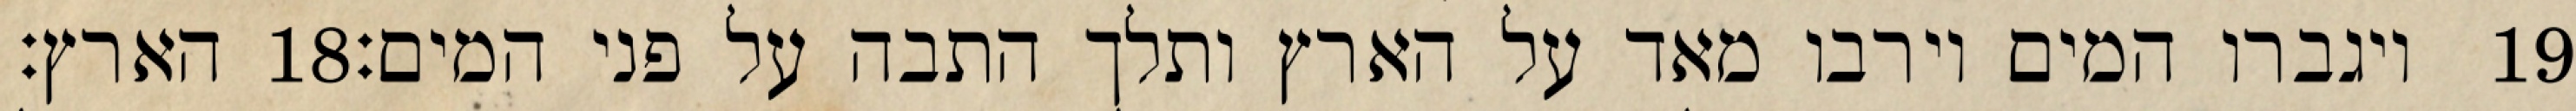
הארץ׃ ‎18‏ ויגברו המים וירבו מאד על הארץ ותלך התבה על פני המים׃ ‎19‏